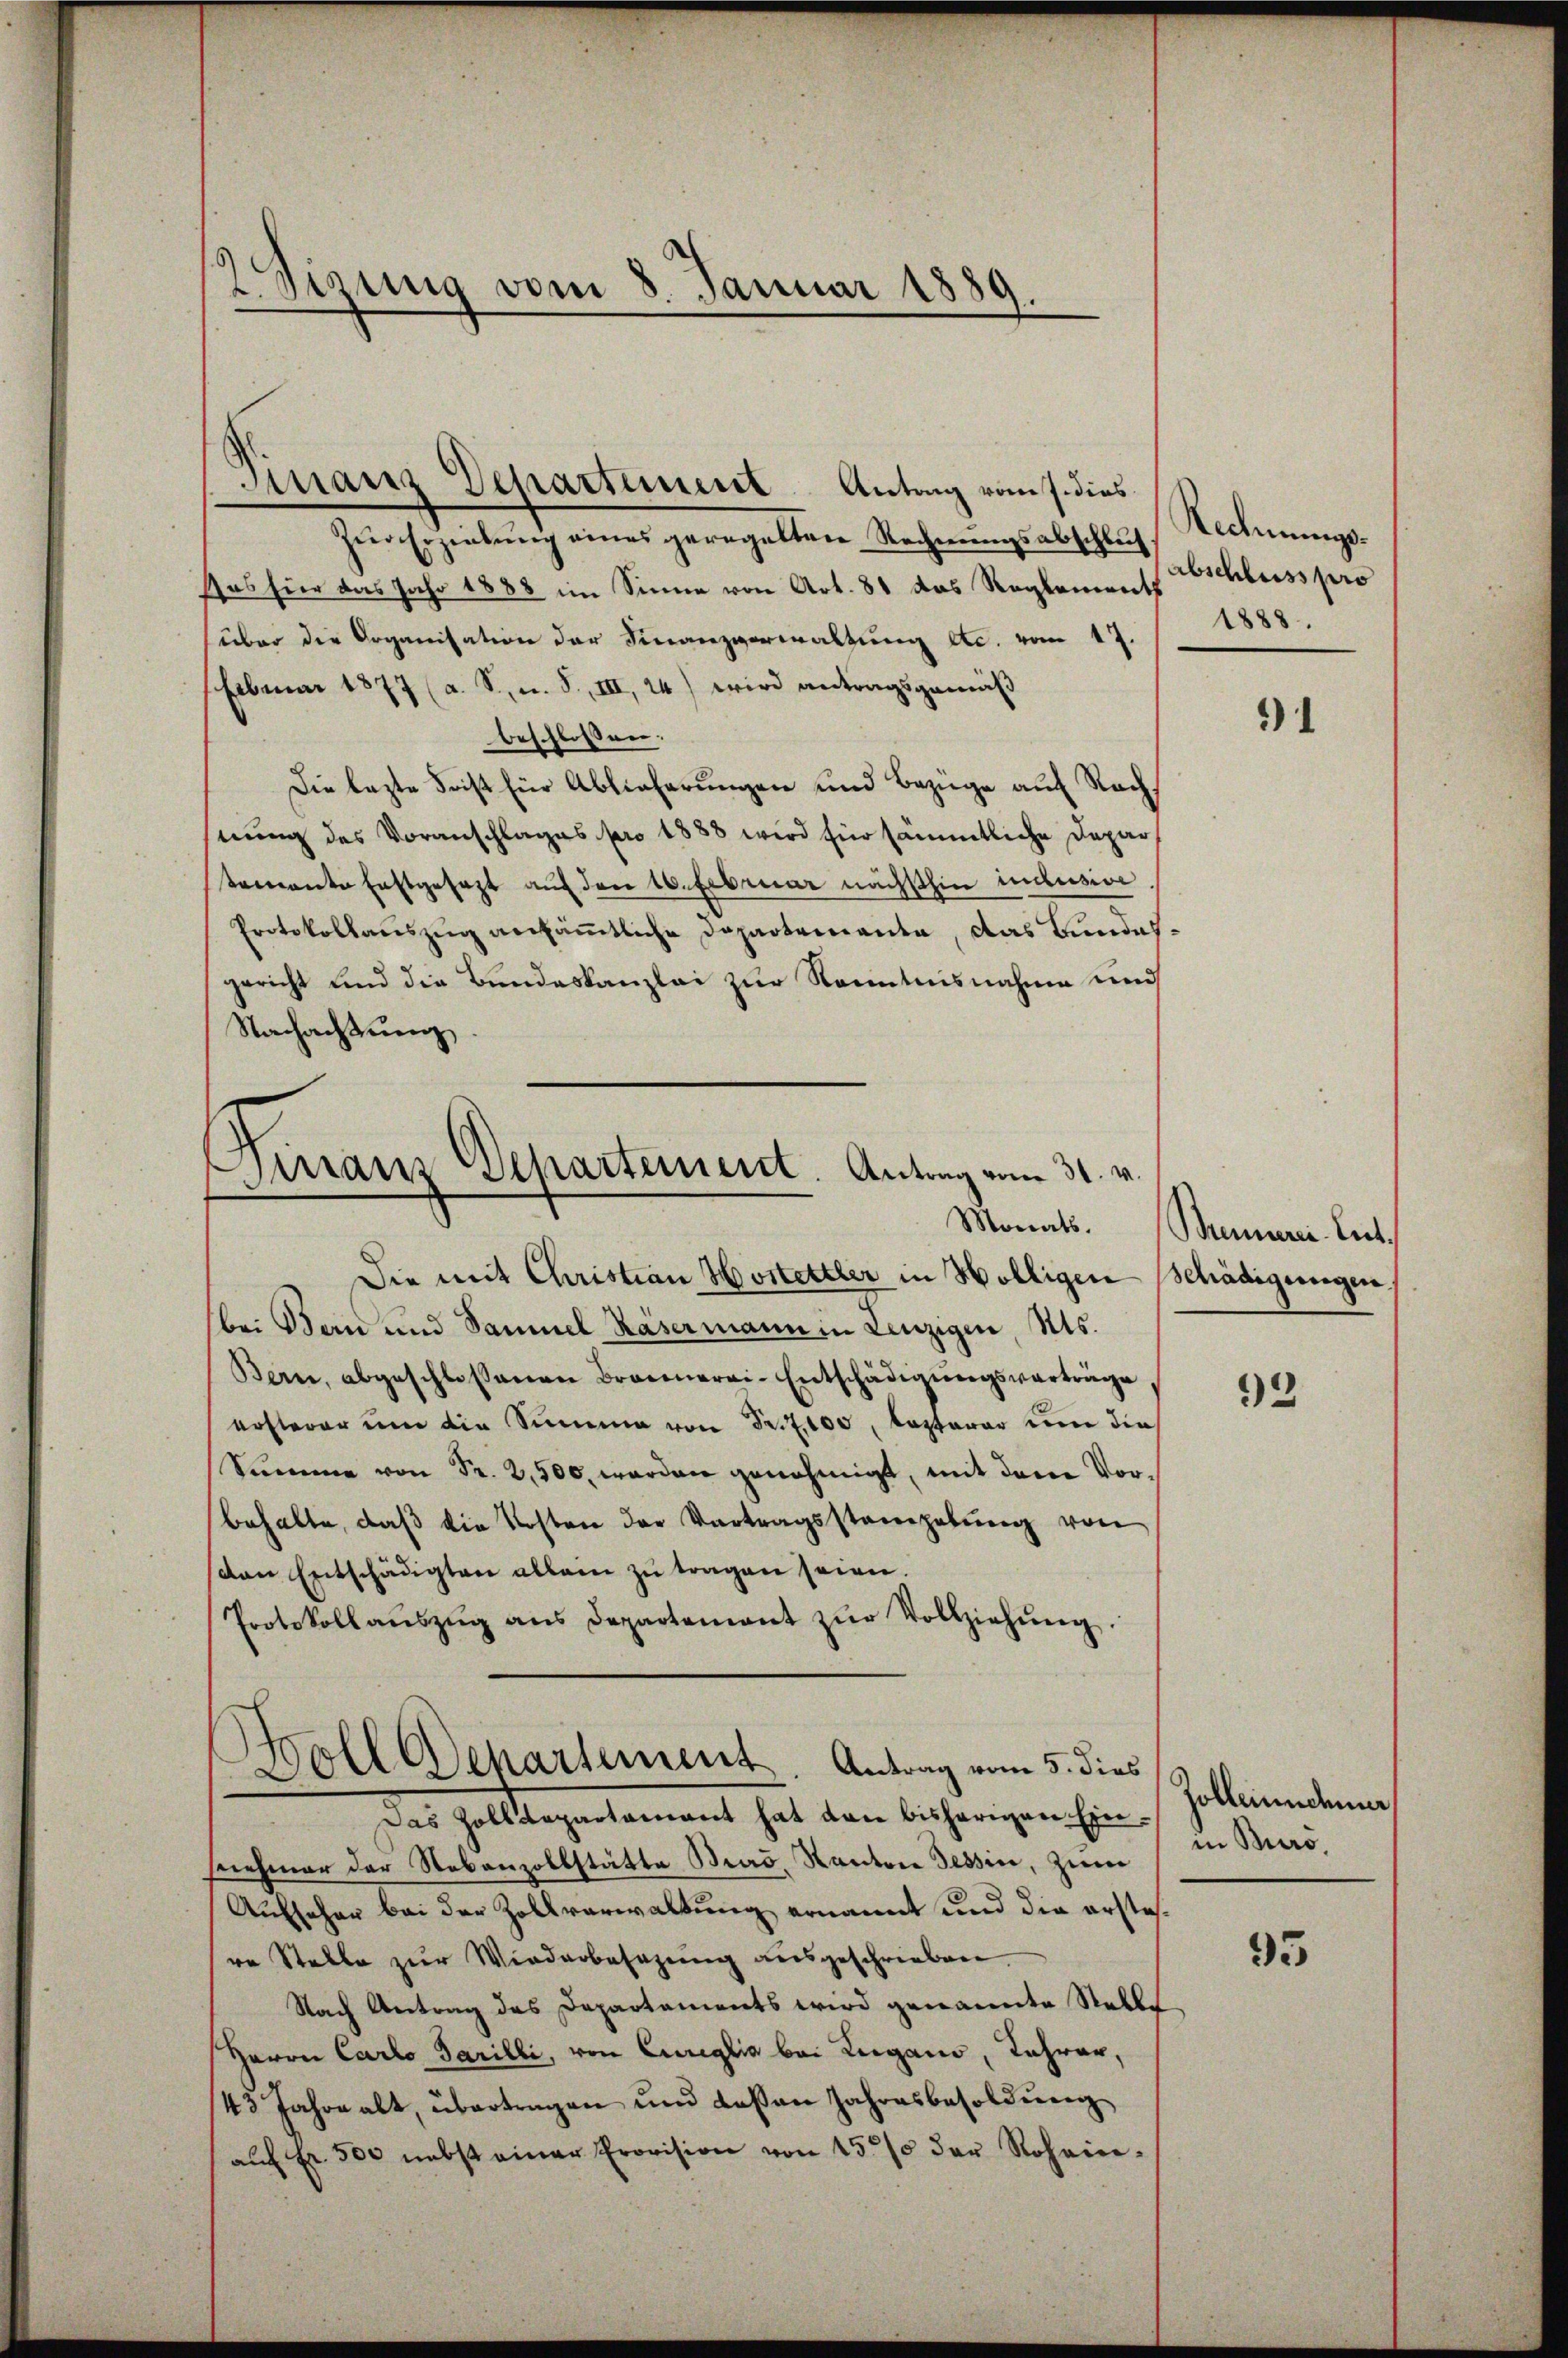
)
2.Stzung vom 8. Januar 1889

Zŭr Erziehung eines geregelten Rechnungsabschluss Rechnungs¬
Das hier das Jahr 1888 im Sinne von Art. 81 das Reglement Abschluss pro
über die Organisation der Finanzverwaltung etc. vom 17.
Febuar 1877 (a. S. u. S., III, 24) wird antragsgemäß
beschlossen:
Die lezte Soist für Ablieferungen und Bezüge auf Rechnung des Voranschlages pro 1888 wird für sämmtliche Departemente Erstgesezt auf den 16. Februar nächsthin inclusive
Protokollauszug ansämmtliche Departemente, das Bundes
gericht und die Bundeskanzlei zur Kenntnisnahme und
Nachachtung.
Die mit Christian Hostettler in Wölligen
bei Bern und Samuel Kasermann in Lenzigen, Kts.
Bern, abgeschlossenen Brannerei-Entschädigungsverträge
ersterer um die Summe von Seif,100, Koptarar um die
Summe von Fr. 2,500, worden genehmigt, mit dem Vorbehalte, daß die Kosten der Vortragsstammgebung von
von Entschädigten allein zu tragen seien.
Protokoll aŭszŭg ans Departement zŭr Vollziehŭng.
Woll Departement. Antrag vom 5. dies
Das Zolldepartament hat den bisherigen Einsnehmer der Nebenzollstätte Brad. Kanton Tessin, zieme
Aufseher bei der Zollverwaltung ernannt und die erstesre Stelle zur Wiederbesezung ausgeschrieben
Nach Antrag des Departements wird genannte Stelle
Herrn Carlo Parilli, von Cureglia bei Lugano, Lehrer,
45 Jahre alt, übertragen und dassen Jahresbesoldung
aŭf Fr. 500 nebst einer Provision von 15% der Rohein-

Finanz Departiment. Antrag vom 1. dies

Finanz Departement. Antrag vom 31. v.

1888.

)1

Monats. Meinerei Lut
Schädigungen,

92

Zollendener
in Buro.

95